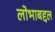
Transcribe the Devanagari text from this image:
लोभाबद्दल